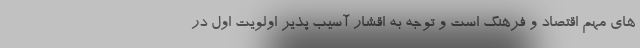
های مهم اقتصاد و فرهنگ است و توجه به اقشار آسیب پذیر اولویت اول در